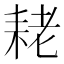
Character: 𮋨